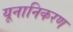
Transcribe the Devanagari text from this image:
यूनानिकरण